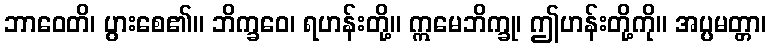
ဘာဝေတိ၊ ပွားစေ၏။ ဘိက္ခဝေ၊ ရဟန်းတို့။ ဣမေဘိက္ခု၊ ဤဟန်းတို့ကို။ အပ္ပမတ္တာ၊